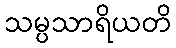
သမ္ပသာရိယတိ